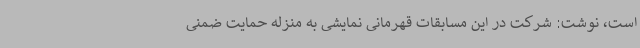
است، نوشت: شرکت در این مسابقات قهرمانی نمایشی به منزله حمایت ضمنی